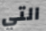
التي